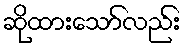
ဆိုထားသော်လည်း